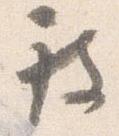
被